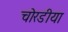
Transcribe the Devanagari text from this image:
चोरडीया